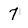
Character: 7